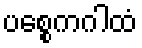
ပစ္စေကဂါထံ